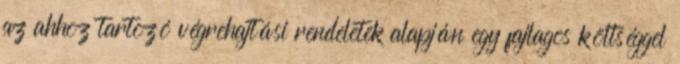
az ahhoz tartozó végrehajtási rendeletek alapján egy fajlagos költséggel